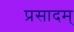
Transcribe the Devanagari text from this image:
प्रसादम्